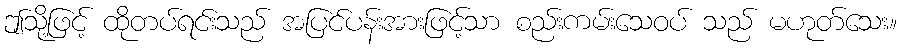
ဤသို့ဖြင့် ထိုတပ်ရင်းသည် အပြင်ပန်းအားဖြင့်သာ စည်းကမ်းသေဝပ် သည် မဟုတ်သေး။